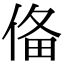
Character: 俻